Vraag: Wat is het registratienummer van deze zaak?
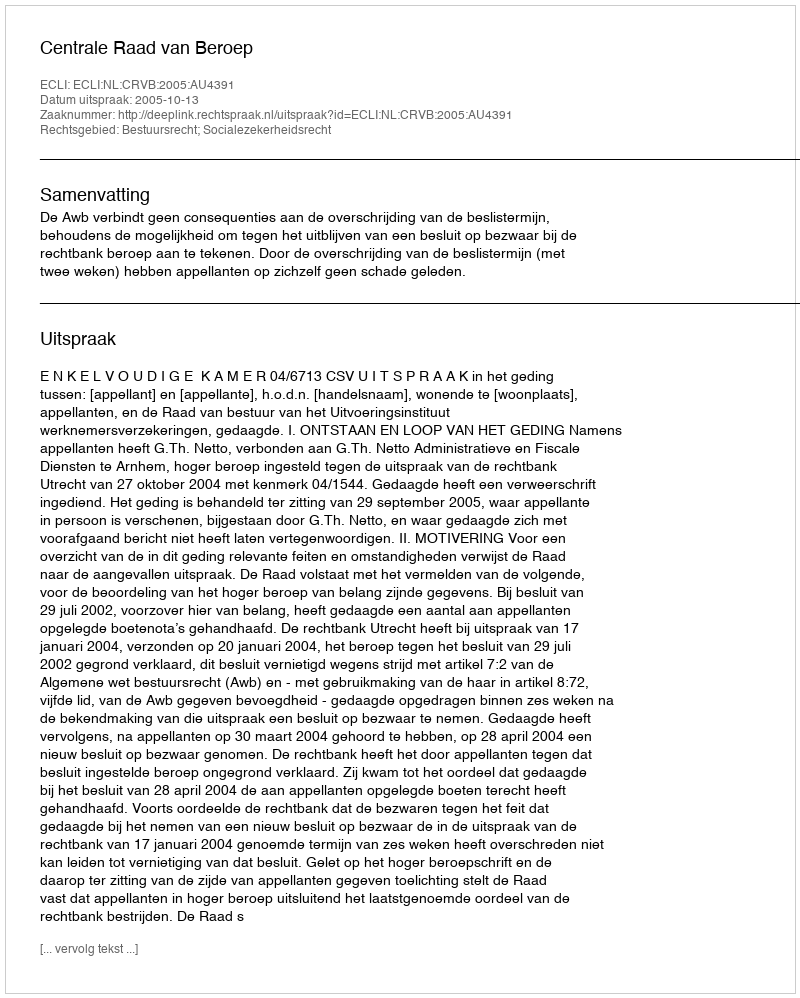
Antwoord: http://deeplink.rechtspraak.nl/uitspraak?id=ECLI:NL:CRVB:2005:AU4391